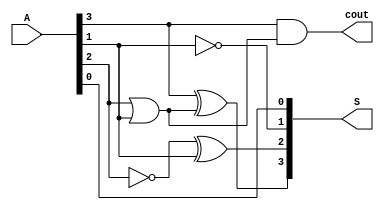
module ADD6(A,S,cout);
input [3:0]A;
output [3:0]S;
output cout;
wire c2;
assign S[0]=A[0];
assign S[1]=~A[1];
assign S[2]=(~A[2])^A[1];
assign S[3]=A[3]^c2;
assign c2=A[2]|A[1];
assign cout=A[3]&c2;

endmodule